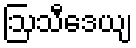
ဩသီဒေယျ